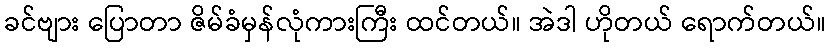
ခင်ဗျား ပြောတာ ဇိမ်ခံမှန်လုံကားကြီး ထင်တယ်။ အဲဒါ ဟိုတယ် ရောက်တယ်။